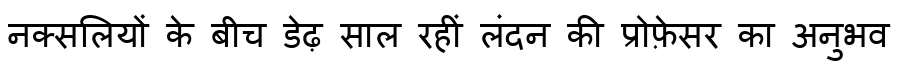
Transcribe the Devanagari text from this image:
नक्सलियों के बीच डेढ़ साल रहीं लंदन की प्रोफ़ेसर का अनुभव